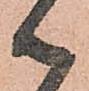
御